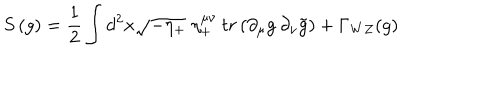
LaTeX: S \, ( g ) = { \frac { 1 } { 2 } } \int d ^ { 2 } x \sqrt { - \eta _ { + } } \; \eta _ { + } ^ { \mu \nu } \: t r \left( \partial _ { \mu } g \: \partial _ { \nu } \tilde { g } \right) + \Gamma _ { W Z } ( g )